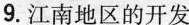
9.江南地区的开发